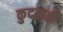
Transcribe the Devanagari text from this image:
कुदराती